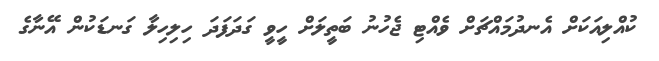
ކުއްލިއަކަށް އެނދުމައްޗަށް ވެއްޓި ޖެހުނު ބަތީލަށް ހީވީ ގަދަފަދަ ހިލިހިލާ ގަނޑަކުން އޭނާގެ